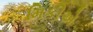
મિકીએ